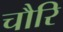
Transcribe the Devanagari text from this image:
चौरि